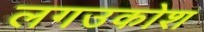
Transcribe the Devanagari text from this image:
लगउकोश